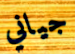
جياني